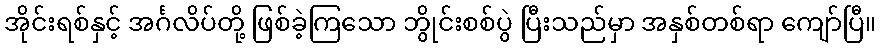
အိုင်းရစ်နှင့် အင်္ဂလိပ်တို့ ဖြစ်ခဲ့ကြသော ဘွိုင်းစစ်ပွဲ ပြီးသည်မှာ အနှစ်တစ်ရာ ကျော်ပြီ။